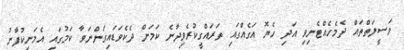
ވަސީލަތްތައް ދެމެހެއްޓެނިވި އަދި ހެޔޮ އަގެއްގައި ތަރައްގީކުރެވިދާނެ ކަމަށް ދެކެވަޑައިގަންނަވާ ކަމުގައި އެމަނިކުފާނު